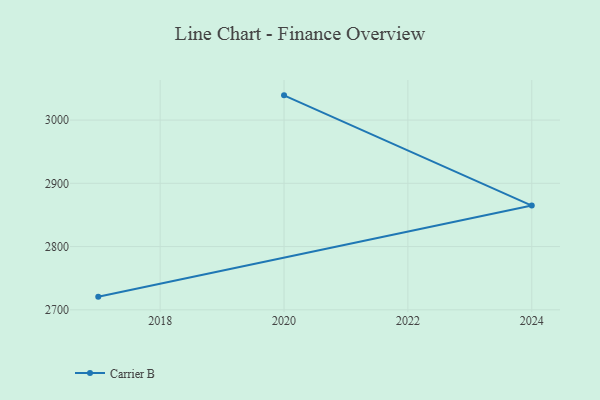
{"axis": {"x": "Year", "y": "Operating Costs (USD K)"}, "legend": ["Carrier B"], "data": [{"x": "2020", "y": 3039.1, "type": "Carrier B"}, {"x": "2024", "y": 2864.8, "type": "Carrier B"}, {"x": "2017", "y": 2720.8, "type": "Carrier B"}]}